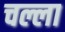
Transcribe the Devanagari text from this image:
चल्ला